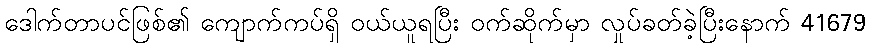
ဒေါက်တာပင်ဖြစ်၏ ကျောက်ကပ်ရှိ ဝယ်ယူရပြီး ဝက်ဆိုက်မှာ လှုပ်ခတ်ခဲ့ပြီးနောက် 41679